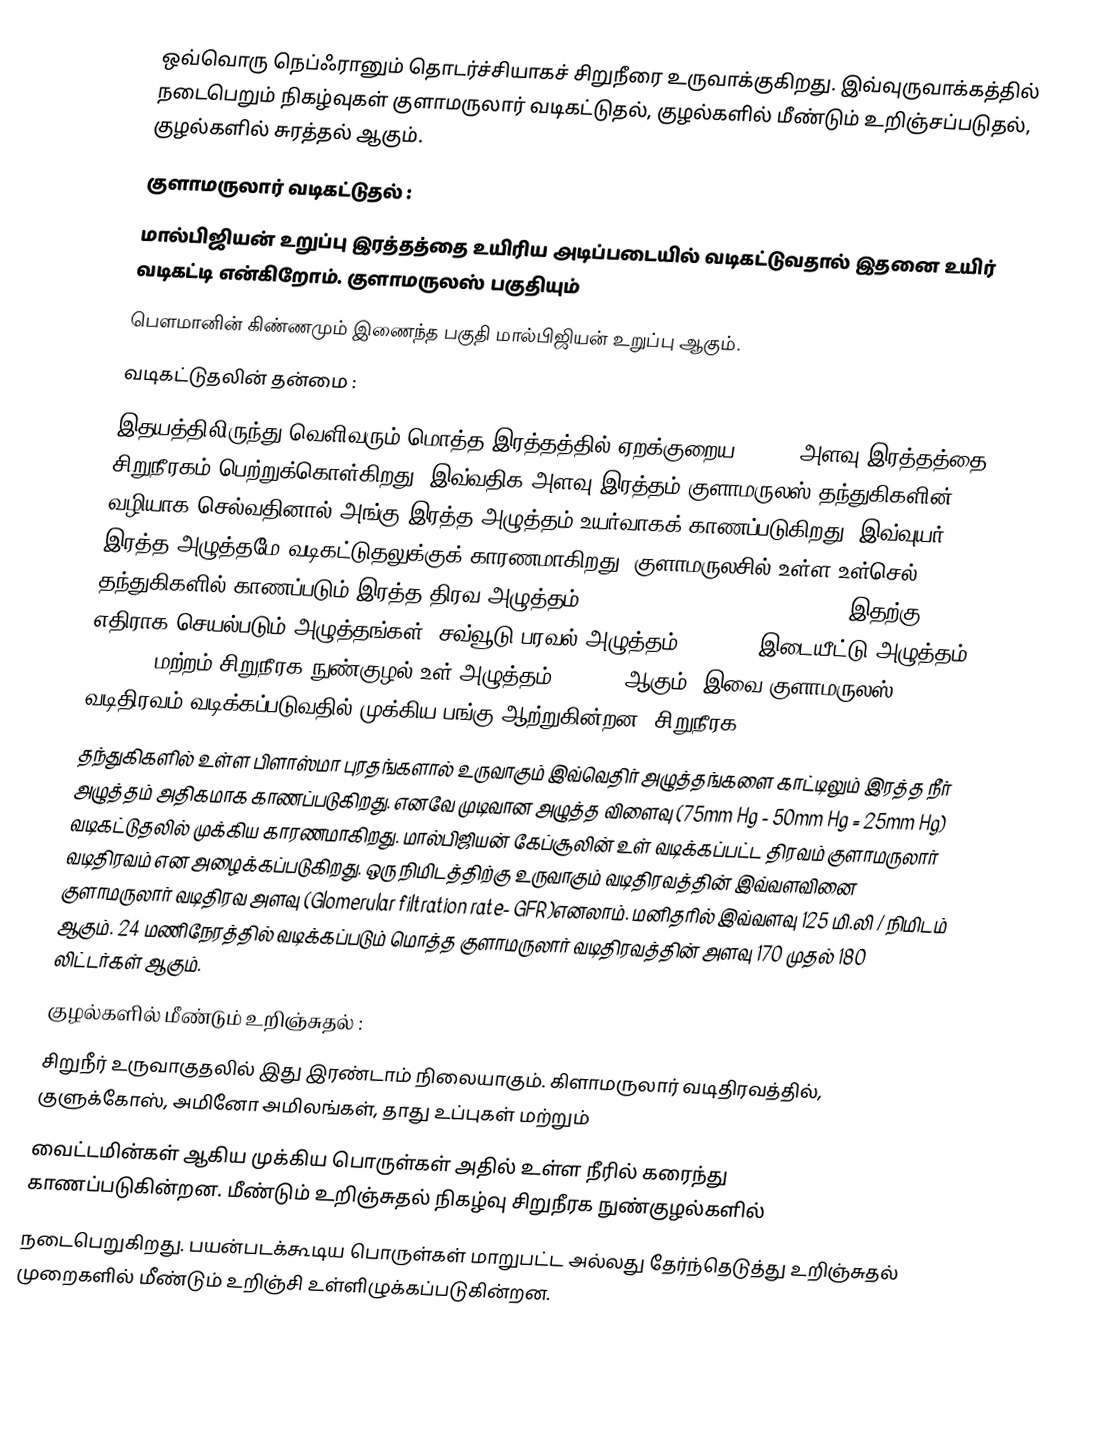
ஒவ்வொரு நெப்ஃரானும் தொடர்ச்சியாகச் சிறுநீரை  உருவாக்குகிறது. இவ்வுருவாக்கத்தில் நடைபெறும் நிகழ்வுகள் குளாமருலார் வடிகட்டுதல், குழல்களில் மீண்டும் உறிஞ்சப்படுதல், குழல்களில் சுரத்தல் ஆகும்.
குளாமருலார் வடிகட்டுதல் :
மால்பிஜியன் உறுப்பு இரத்தத்தை உயிரிய அடிப்படையில் வடிகட்டுவதால் இதனை உயிர் வடிகட்டி என்கிறோம். குளாமருலஸ் பகுதியும்
பௌமானின் கிண்ணமும் இணைந்த பகுதி மால்பிஜியன் உறுப்பு ஆகும்.
வடிகட்டுதலின் தன்மை :
இதயத்திலிருந்து வெளிவரும் மொத்த இரத்தத்தில் ஏறக்குறைய 20-25% அளவு இரத்தத்தை சிறுநீரகம் பெற்றுக்கொள்கிறது. இவ்வதிக அளவு இரத்தம் குளாமருலஸ் தந்துகிகளின் வழியாக செல்வதினால் அங்கு இரத்த அழுத்தம் உயர்வாகக் காணப்படுகிறது. இவ்வுயர் இரத்த அழுத்தமே வடிகட்டுதலுக்குக் காரணமாகிறது. குளாமருலசில் உள்ள உள்செல் தந்துகிகளில் காணப்படும் இரத்த திரவ அழுத்தம்(Hydro static pressure) 75mm Hg. இதற்கு எதிராக செயல்படும் அழுத்தங்கள், சவ்வூடு பரவல் அழுத்தம் 30mm Hg, இடையீட்டு அழுத்தம் 10mm Hg மற்றம் சிறுநீரக நுண்குழல் உள் அழுத்தம் 10mm Hg ஆகும். இவை குளாமருலஸ் வடிதிரவம் வடிக்கப்படுவதில் முக்கிய பங்கு ஆற்றுகின்றன. சிறுநீரக
தந்துகிகளில் உள்ள பிளாஸ்மா புரதங்களால் உருவாகும் இவ்வெதிர் அழுத்தங்களை காட்டிலும் இரத்த நீர் அழுத்தம் அதிகமாக காணப்படுகிறது. எனவே முடிவான அழுத்த விளைவு (75mm Hg - 50mm Hg = 25mm Hg) வடிகட்டுதலில் முக்கிய காரணமாகிறது. மால்பிஜியன் கேப்சூலின் உள் வடிக்கப்பட்ட திரவம் குளாமருலார் வடிதிரவம் என அழைக்கப்படுகிறது. ஒரு நிமிடத்திற்கு உருவாகும் வடிதிரவத்தின் இவ்வளவினை குளாமருலார் வடிதிரவ அளவு (Glomerular filtration rate- GFR)எனலாம். மனிதரில் இவ்வளவு 125 மி.லி / நிமிடம் ஆகும். 24 மணிநேரத்தில் வடிக்கப்படும் மொத்த குளாமருலார் வடிதிரவத்தின் அளவு 170 முதல் 180 லிட்டர்கள் ஆகும்.
குழல்களில் மீண்டும் உறிஞ்சுதல் :
சிறுநீர் உருவாகுதலில் இது இரண்டாம் நிலையாகும். கிளாமருலார் வடிதிரவத்தில், குளுக்கோஸ், அமினோ அமிலங்கள், தாது உப்புகள் மற்றும்
வைட்டமின்கள் ஆகிய முக்கிய பொருள்கள் அதில் உள்ள நீரில் கரைந்து காணப்படுகின்றன. மீண்டும் உறிஞ்சுதல் நிகழ்வு சிறுநீரக நுண்குழல்களில்
நடைபெறுகிறது. பயன்படக்கூடிய பொருள்கள் மாறுபட்ட அல்லது தேர்ந்தெடுத்து உறிஞ்சுதல் முறைகளில் மீண்டும் உறிஞ்சி உள்ளிழுக்கப்படுகின்றன.